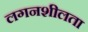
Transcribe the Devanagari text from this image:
लगनशीलता